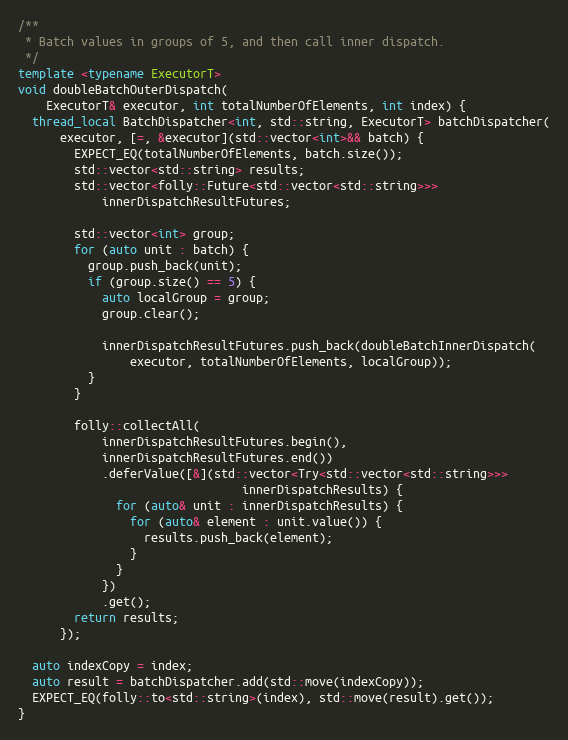
Language: C++
/**
 * Batch values in groups of 5, and then call inner dispatch.
 */
template <typename ExecutorT>
void doubleBatchOuterDispatch(
    ExecutorT& executor, int totalNumberOfElements, int index) {
  thread_local BatchDispatcher<int, std::string, ExecutorT> batchDispatcher(
      executor, [=, &executor](std::vector<int>&& batch) {
        EXPECT_EQ(totalNumberOfElements, batch.size());
        std::vector<std::string> results;
        std::vector<folly::Future<std::vector<std::string>>>
            innerDispatchResultFutures;

        std::vector<int> group;
        for (auto unit : batch) {
          group.push_back(unit);
          if (group.size() == 5) {
            auto localGroup = group;
            group.clear();

            innerDispatchResultFutures.push_back(doubleBatchInnerDispatch(
                executor, totalNumberOfElements, localGroup));
          }
        }

        folly::collectAll(
            innerDispatchResultFutures.begin(),
            innerDispatchResultFutures.end())
            .deferValue([&](std::vector<Try<std::vector<std::string>>>
                                innerDispatchResults) {
              for (auto& unit : innerDispatchResults) {
                for (auto& element : unit.value()) {
                  results.push_back(element);
                }
              }
            })
            .get();
        return results;
      });

  auto indexCopy = index;
  auto result = batchDispatcher.add(std::move(indexCopy));
  EXPECT_EQ(folly::to<std::string>(index), std::move(result).get());
}